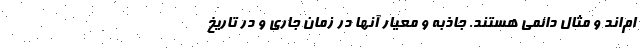
ام‌اند و مثال دائمی هستند. جاذبه و معیار آنها در زمان جاری و در تاریخ